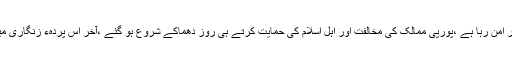
ترکی جو ہمیشہ پر امن رہا ہے ،پورپی ممالک کی مخالفت اور اہل اسلام کی حمایت کرتے ہی روز دھماکے شروع ہو گئے ،آخر اس پردہء زنگاری میں کون چھپا ہے؟